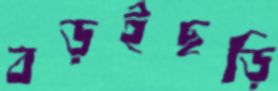
বড়ইছড়ি